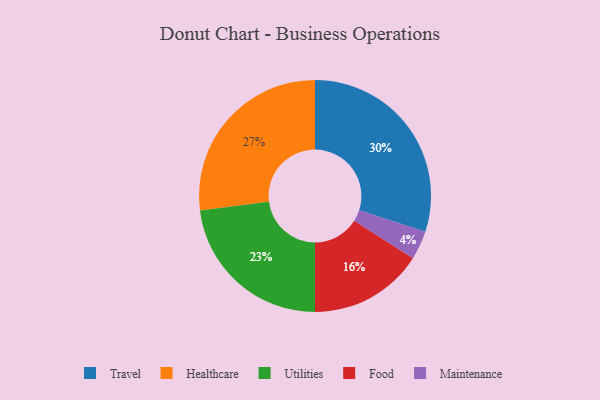
{"axis": {"x": "Category", "y": "Percentage"}, "legend": ["Food", "Healthcare", "Maintenance", "Travel", "Utilities"], "data": [{"x": "Travel", "y": 30, "type": "Travel"}, {"x": "Maintenance", "y": 4, "type": "Maintenance"}, {"x": "Utilities", "y": 23, "type": "Utilities"}, {"x": "Food", "y": 16, "type": "Food"}, {"x": "Healthcare", "y": 27, "type": "Healthcare"}]}